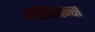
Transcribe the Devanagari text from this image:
लेस्बियन्स